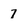
Character: 7